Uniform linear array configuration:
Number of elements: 8
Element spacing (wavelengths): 0.75
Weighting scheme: cosine
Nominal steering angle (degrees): -60
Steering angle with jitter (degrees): -60.359
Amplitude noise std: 0.05
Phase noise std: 0.05

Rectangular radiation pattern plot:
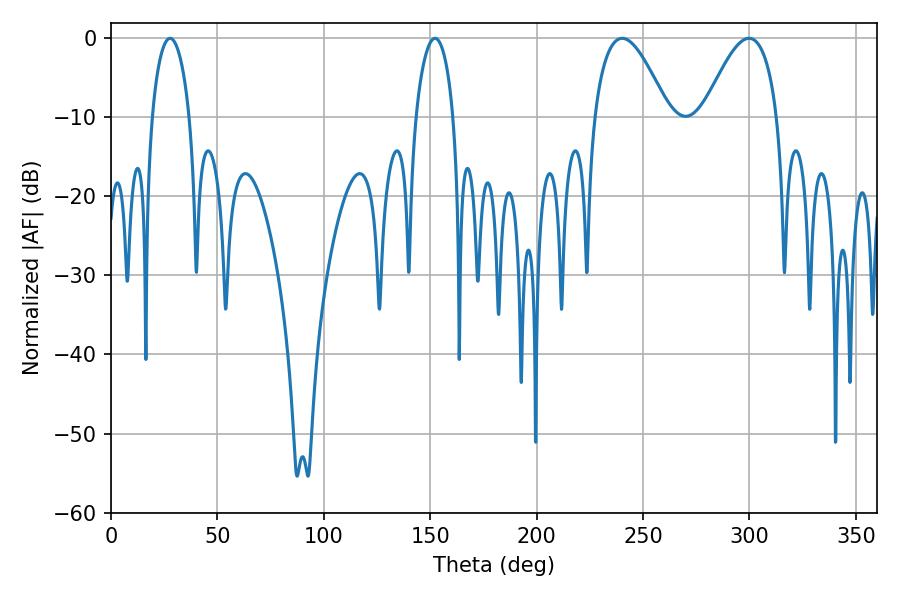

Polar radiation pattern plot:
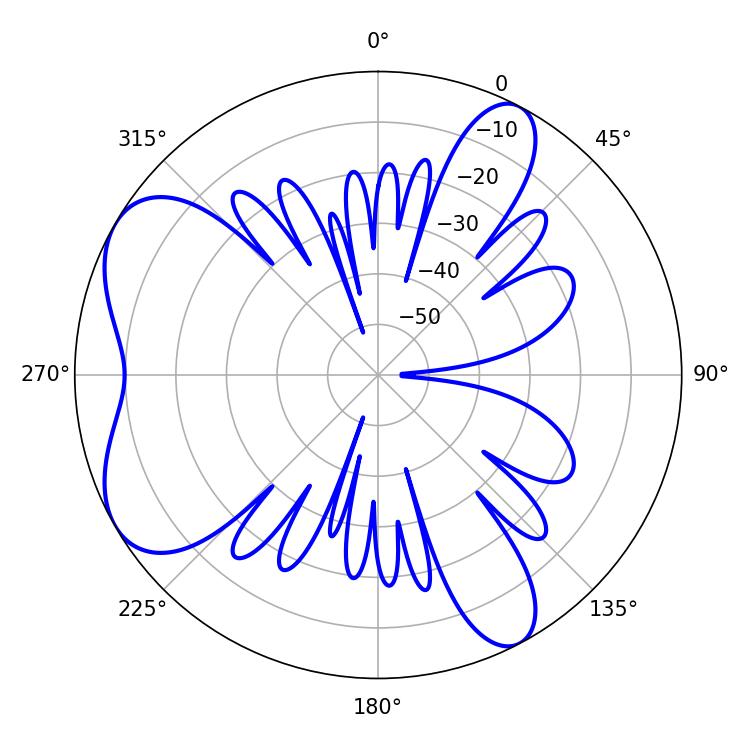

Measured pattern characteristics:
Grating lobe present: TRUE
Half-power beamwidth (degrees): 10.08
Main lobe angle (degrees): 27.72